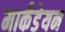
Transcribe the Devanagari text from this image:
मार्कंडेयन